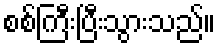
စစ်ကြီးပြီးသွားသည်။